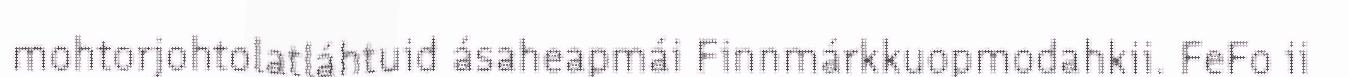
mohtorjohtolatláhtuid ásaheapmái Finnmárkkuopmodahkii. FeFo ii